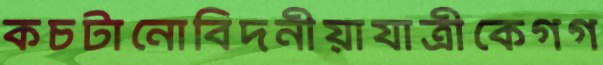
কচটানোবিদনীয়াযাত্রীকেগগ